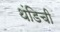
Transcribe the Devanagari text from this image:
थंडिची